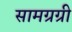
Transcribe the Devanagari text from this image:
सामग्रग्री